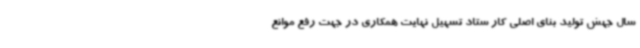
سال جهش تولید بنای اصلی کار ستاد تسهیل نهایت همکاری در جهت رفع موانع